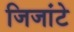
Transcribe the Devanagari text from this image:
जिजांटे